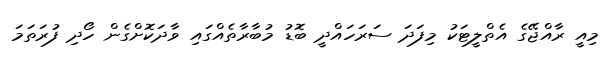
މިއީ ރާއްޖޭގެ އެތްލީޓަކު މިފަދަ ސަރަހައްދީ ބޮޑު މުބާރާތެއްގައި ވާދަކޮށްގެން ހޯދި ފުރަތަމަ